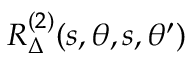
R _ { \Delta } ^ { ( 2 ) } ( s , \theta , s , \theta ^ { \prime } )